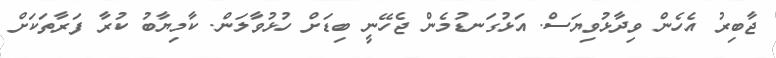
ޖާބިރު އެހެން ވިދާޅުވިޔަސް. އަޅުގަނޑުމެން ޖެހޭނީ ބިޑަށް ހުޅުވާލަން. ކާމިޔާބު ކުރާ ފަރާތަކަށް